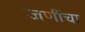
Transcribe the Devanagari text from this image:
जणींचा